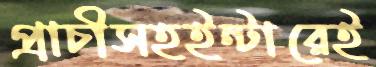
প্রাচীসহইন্টারেই